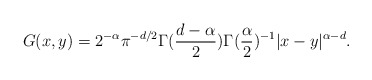
\begin{align*}G(x,y)=2^{-\alpha}\pi^{-d/2}\Gamma(\frac{d-\alpha}{2})\Gamma(\frac{\alpha}{2})^{-1}|x-y|^{\alpha-d}.\end{align*}